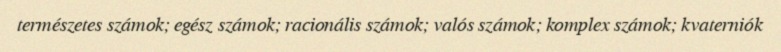
természetes számok; egész számok; racionális számok; valós számok; komplex számok; kvaterniók